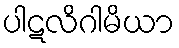
ပါဋလိဂါမိယာ